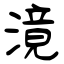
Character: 滰